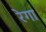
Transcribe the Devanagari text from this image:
रेगा